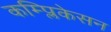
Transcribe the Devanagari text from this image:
कम्प्लिकेसन